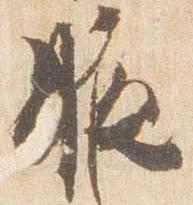
腋